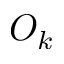
O _ { k }